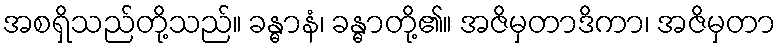
အစရှိသည်တို့သည်။ ခန္ဓာနံ၊ ခန္ဓာတို့၏။ အဇိမှတာဒိကာ၊ အဇိမှတာ